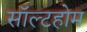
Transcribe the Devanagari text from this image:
सॉल्टहोम